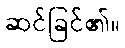
ဆင်ခြင်၏။